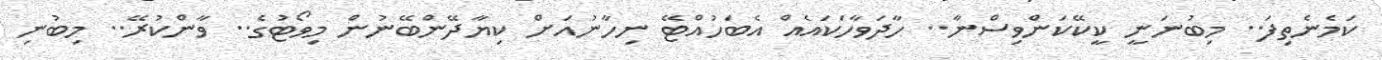
ކަމެނެތިފަ.. މިބުނަނީ ކީކޭކަންވިސްނާ.. ހާދަވާހަކައެއް އެބަހުއްޓޭ ނިހާނުއަށް ކިޔާދޭންބޭނުން މިވޯޓުގެ.. ވާންކުރޭ.. މިބުނި